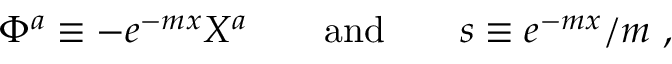
\Phi ^ { a } \equiv - e ^ { - m x } X ^ { a } \qquad \mathrm { a n d } \qquad s \equiv e ^ { - m x } / m \ ,